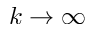
k \rightarrow \infty